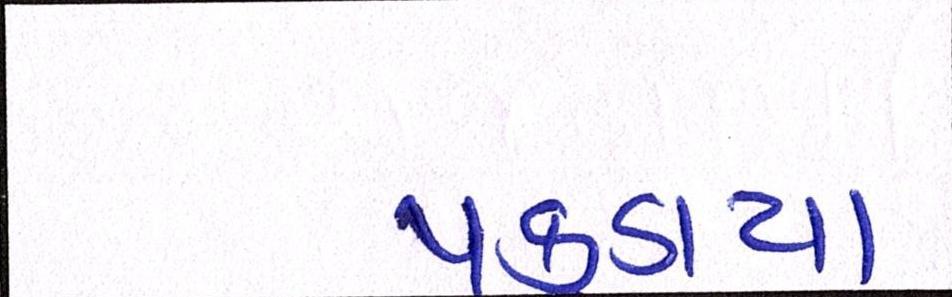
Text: પકડાયા